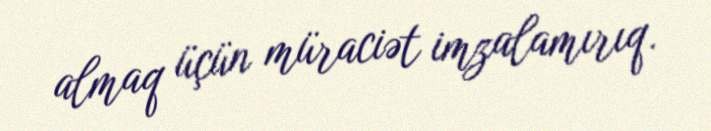
almaq üçün müraciət imzalamırıq.